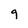
Character: 9